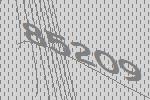
85209